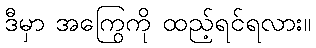
ဒီမှာ အကြွေကို ထည့်ရင်ရလား။